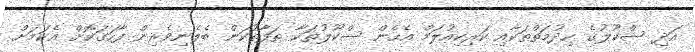
އަދި ސްކޫލުގެ ހިދުމަތްތަކާއި ކަރިކިއުލަމް އެހެން ސްކޫލުތަކާ ތަފާތުކަން ބެލެނިވެރިން ފާހަގަކޮށް އެކަމަށް